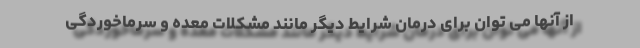
از آنها می توان برای درمان شرایط دیگر مانند مشکلات معده و سرماخوردگی